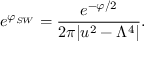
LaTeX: e ^ { \varphi _ { S W } } = { \frac { e ^ { - \varphi / 2 } } { 2 \pi | u ^ { 2 } - \Lambda ^ { 4 } | } } .